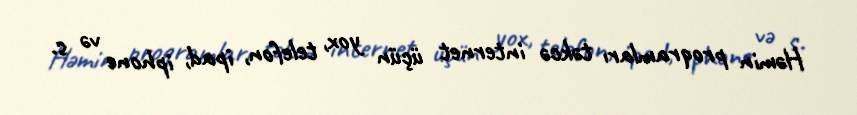
Həmin proqramları təkcə internet üçün yox, telefon, ipad, iphone və s.